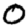
Digit: 0